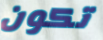
تكون